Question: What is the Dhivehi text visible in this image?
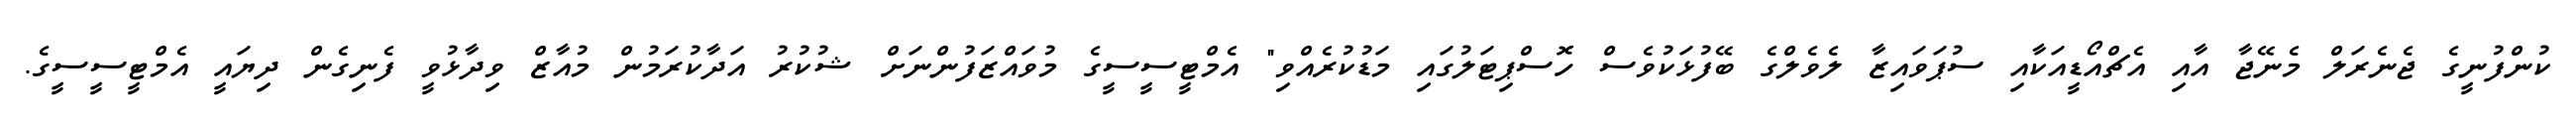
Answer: ކުންފުނީގެ ޖެނެރަލް މެނޭޖާ އާއި އެޗްއޯޑީއަކާއި ސުޕަވައިޒާ ލެވެލްގެ ބޭފުޅަކުވެސް ހޮސްޕިޓަލުގައި މަޑުކުރެއްވި" އެމްޓީސީސީގެ މުވައްޒަފުންނަށް ޝުކުރު އަދާކުރަމުން މުއާޒް ވިދާޅުވީ ފެނިގެން ދިޔައީ އެމްޓީސީސީގެ.